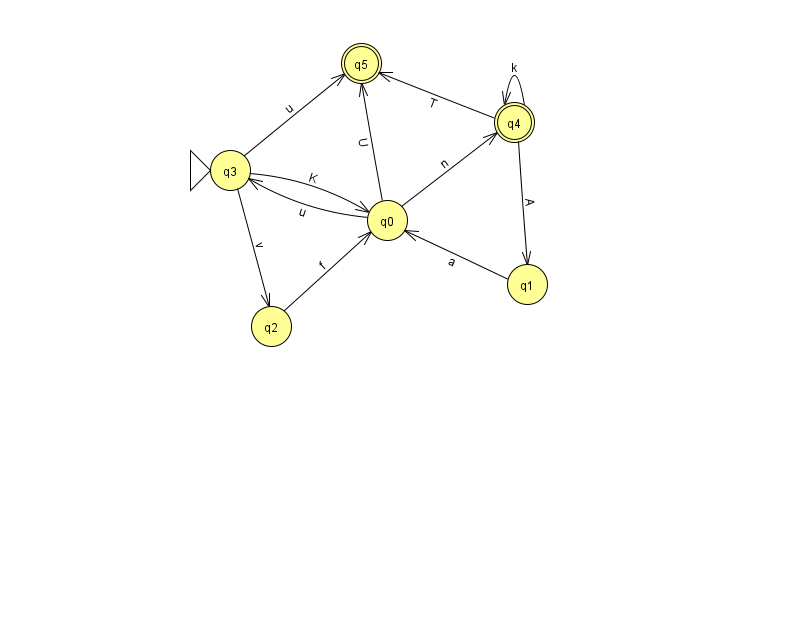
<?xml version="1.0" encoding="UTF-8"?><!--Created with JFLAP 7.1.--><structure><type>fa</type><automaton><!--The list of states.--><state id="0" name="q0"><x>387.0</x><y>207.0</y></state><state id="1" name="q1"><x>527.0</x><y>271.0</y></state><state id="2" name="q2"><x>271.0</x><y>313.0</y></state><state id="3" name="q3"><x>230.0</x><y>157.0</y><initial/></state><state id="4" name="q4"><x>514.0</x><y>109.0</y><final/></state><state id="5" name="q5"><x>361.0</x><y>50.0</y><final/></state><!--The list of transitions.--><transition><from>1</from><to>0</to><read>a</read></transition><transition><from>3</from><to>2</to><read>v</read></transition><transition><from>3</from><to>5</to><read>u</read></transition><transition><from>3</from><to>0</to><read>K</read></transition><transition><from>4</from><to>1</to><read>A</read></transition><transition><from>4</from><to>5</to><read>T</read></transition><transition><from>0</from><to>3</to><read>u</read></transition><transition><from>0</from><to>5</to><read>U</read></transition><transition><from>2</from><to>0</to><read>f</read></transition><transition><from>4</from><to>4</to><read>k</read></transition><transition><from>0</from><to>4</to><read>n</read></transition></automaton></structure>